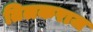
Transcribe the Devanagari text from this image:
तिलकराज